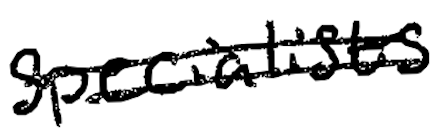
Text: specialists
Cross-out: double-line
Writing tool: digital_black